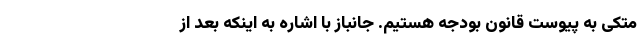
متکی به پیوست قانون بودجه هستیم. جانباز با اشاره به اینکه بعد از